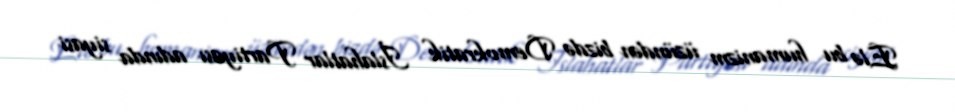
Elə bu humanizm üzündən bizdə Demokratik İslahatlar Partiyası adında siyasi